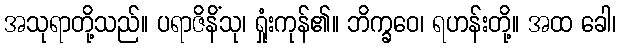
အသုရာတို့သည်။ ပရာဇိနိံသု၊ ရှုံးကုန်၏။ ဘိက္ခဝေ၊ ရဟန်းတို့။ အထ ခေါ၊